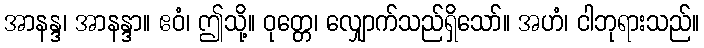
အာနန္ဒ၊ အာနန္ဒာ။ ဧဝံ၊ ဤသို့။ ဝုတ္တေ၊ လျှောက်သည်ရှိသော်။ အဟံ၊ ငါဘုရားသည်။